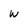
Character: W